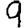
Digit: 9